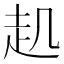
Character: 𧺋